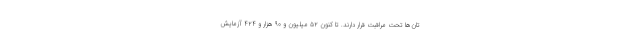
تان‌ها تحت مراقبت قرار دارند. تا کنون ۵۲ میلیون و ۹۰ هزار و ۴۲۴ آزمایش